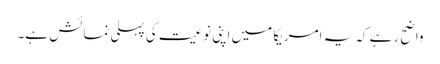
واضح رہے کہ یہ امریکا میں اپنی نوعیت کی پہلی نمائش ہے۔